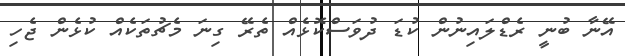
އޭނާ ބުނީ ރެޑްލައިނުން ކުޑަ ދުވަސްކޮޅެއް ތެރޭ ގިނަ މެޗުތަކެއް ކުޅެން ޖެހި